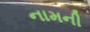
નામની